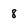
Character: 8